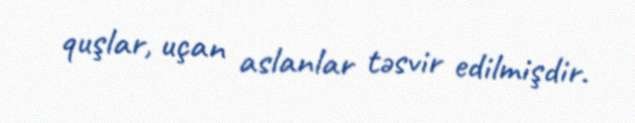
quşlar, uçan aslanlar təsvir edilmişdir.